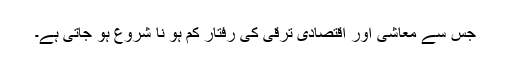
جس سے معاشی اور اقتصادی ترقی کی رفتار کم ہو نا شروع ہو جاتی ہے۔